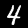
Label: 4